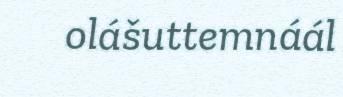
olášuttemnáál